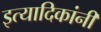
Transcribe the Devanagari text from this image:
इत्यादिकांनी